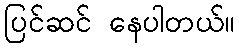
ပြင်ဆင် နေပါတယ်။